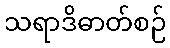
သရာဒိဓာတ်စဉ်